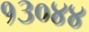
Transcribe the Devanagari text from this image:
१३०४४